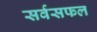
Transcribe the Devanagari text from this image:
सर्वसफल